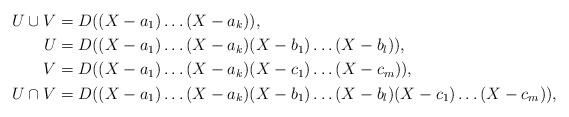
LaTeX: \begin{align*} U \cup V &= D((X - a_1) \dots (X - a_k)) \rlap{,}\\ U &= D((X - a_1) \dots (X - a_k) (X - b_1) \dots (X - b_l)) \rlap{,}\\ V &= D((X - a_1) \dots (X - a_k) (X - c_1) \dots (X - c_m)) \rlap{,}\\ U \cap V &= D((X - a_1) \dots (X - a_k) (X - b_1) \dots (X - b_l) (X - c_1) \dots (X - c_m)) \rlap{,} \end{align*}